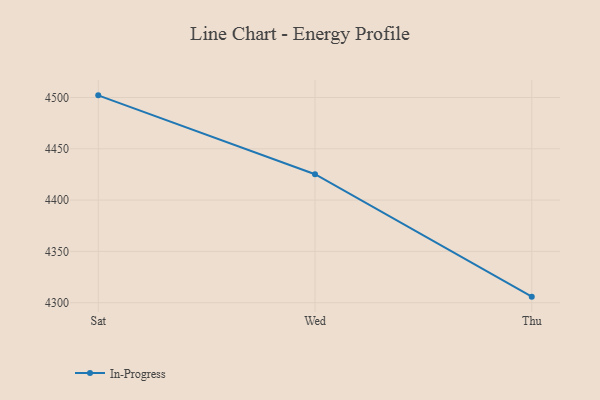
{"axis": {"x": "Day", "y": "Demand Index"}, "legend": ["In-Progress"], "data": [{"x": "Sat", "y": 4502.1, "type": "In-Progress"}, {"x": "Wed", "y": 4425.2, "type": "In-Progress"}, {"x": "Thu", "y": 4305.9, "type": "In-Progress"}]}